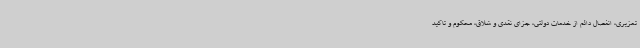
تعزیری، انفصال دائم از خدمات دولتی، جزای نقدی و شلاق، محکوم و تاکید